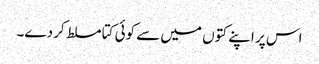
اس پر اپنے کتوں میں سے کوئی کتا مسلط کر دے۔